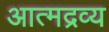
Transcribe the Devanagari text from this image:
आत्मद्रव्य